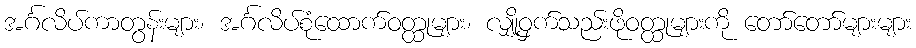
အင်္ဂလိပ်ကာတွန်းများ၊ အင်္ဂလိပ်စုံထောက်ဝတ္ထုများ၊ လျှို့ဝှက်သည်းဖိုဝတ္ထုများကို တော်တော်များများ